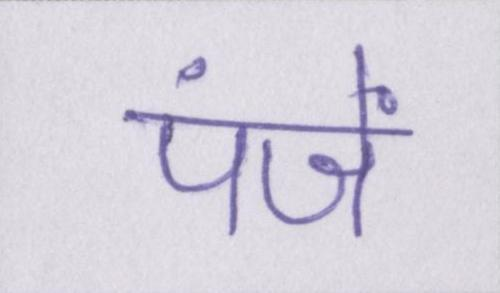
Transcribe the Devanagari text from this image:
पंजें